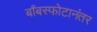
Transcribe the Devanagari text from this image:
बाँबस्फोटानंतर